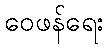
ဝေဖန်ရေး